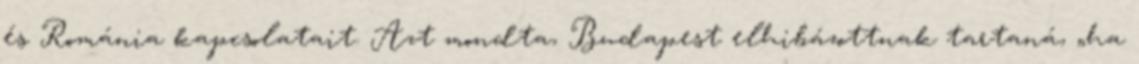
és Románia kapcsolatait. Azt mondta, Budapest elhibázottnak tartaná, „ha